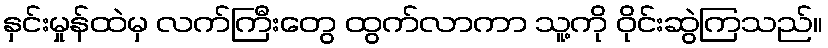
နှင်းမှုန်ထဲမှ လက်ကြီးတွေ ထွက်လာကာ သူ့ကို ဝိုင်းဆွဲကြသည်။